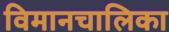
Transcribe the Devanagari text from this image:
विमानचालिका